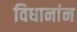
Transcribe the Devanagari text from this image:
विधानांन